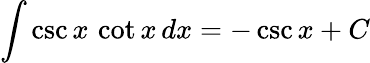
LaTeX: \int\csc{x}\, \cot{x}\, dx=-\csc{x}+C